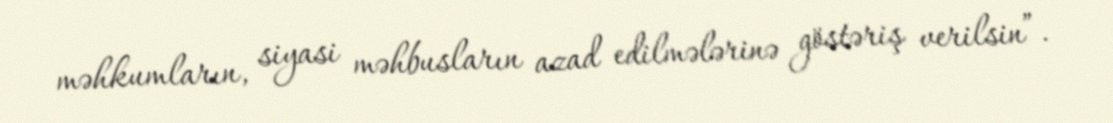
məhkumların, siyasi məhbusların azad edilmələrinə göstəriş verilsin”.